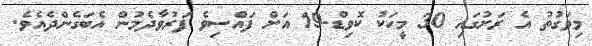
މިވަގުތު އެ ރަށުގައި 30 މީހަކު ކޮވިޑް-19 އަށް ފައްސިވެ ފަރުވާދެމުން އެބަގެންދެއެވެ.